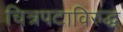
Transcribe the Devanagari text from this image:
चित्रपटाविरुद्ध